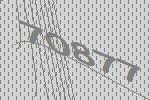
70877